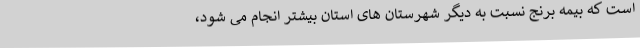
است که بیمه برنج نسبت به دیگر شهرستان های استان بیشتر انجام می شود،